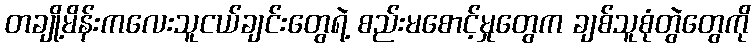
တချို့မိန်းကလေးသူငယ်ချင်းတွေရဲ့ စည်းမစောင့်မှုတွေက ချစ်သူစုံတွဲတွေကို